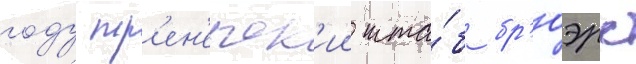
году тр'ен'ерск'ии шта́б бр'юэрс